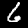
Digit: 6